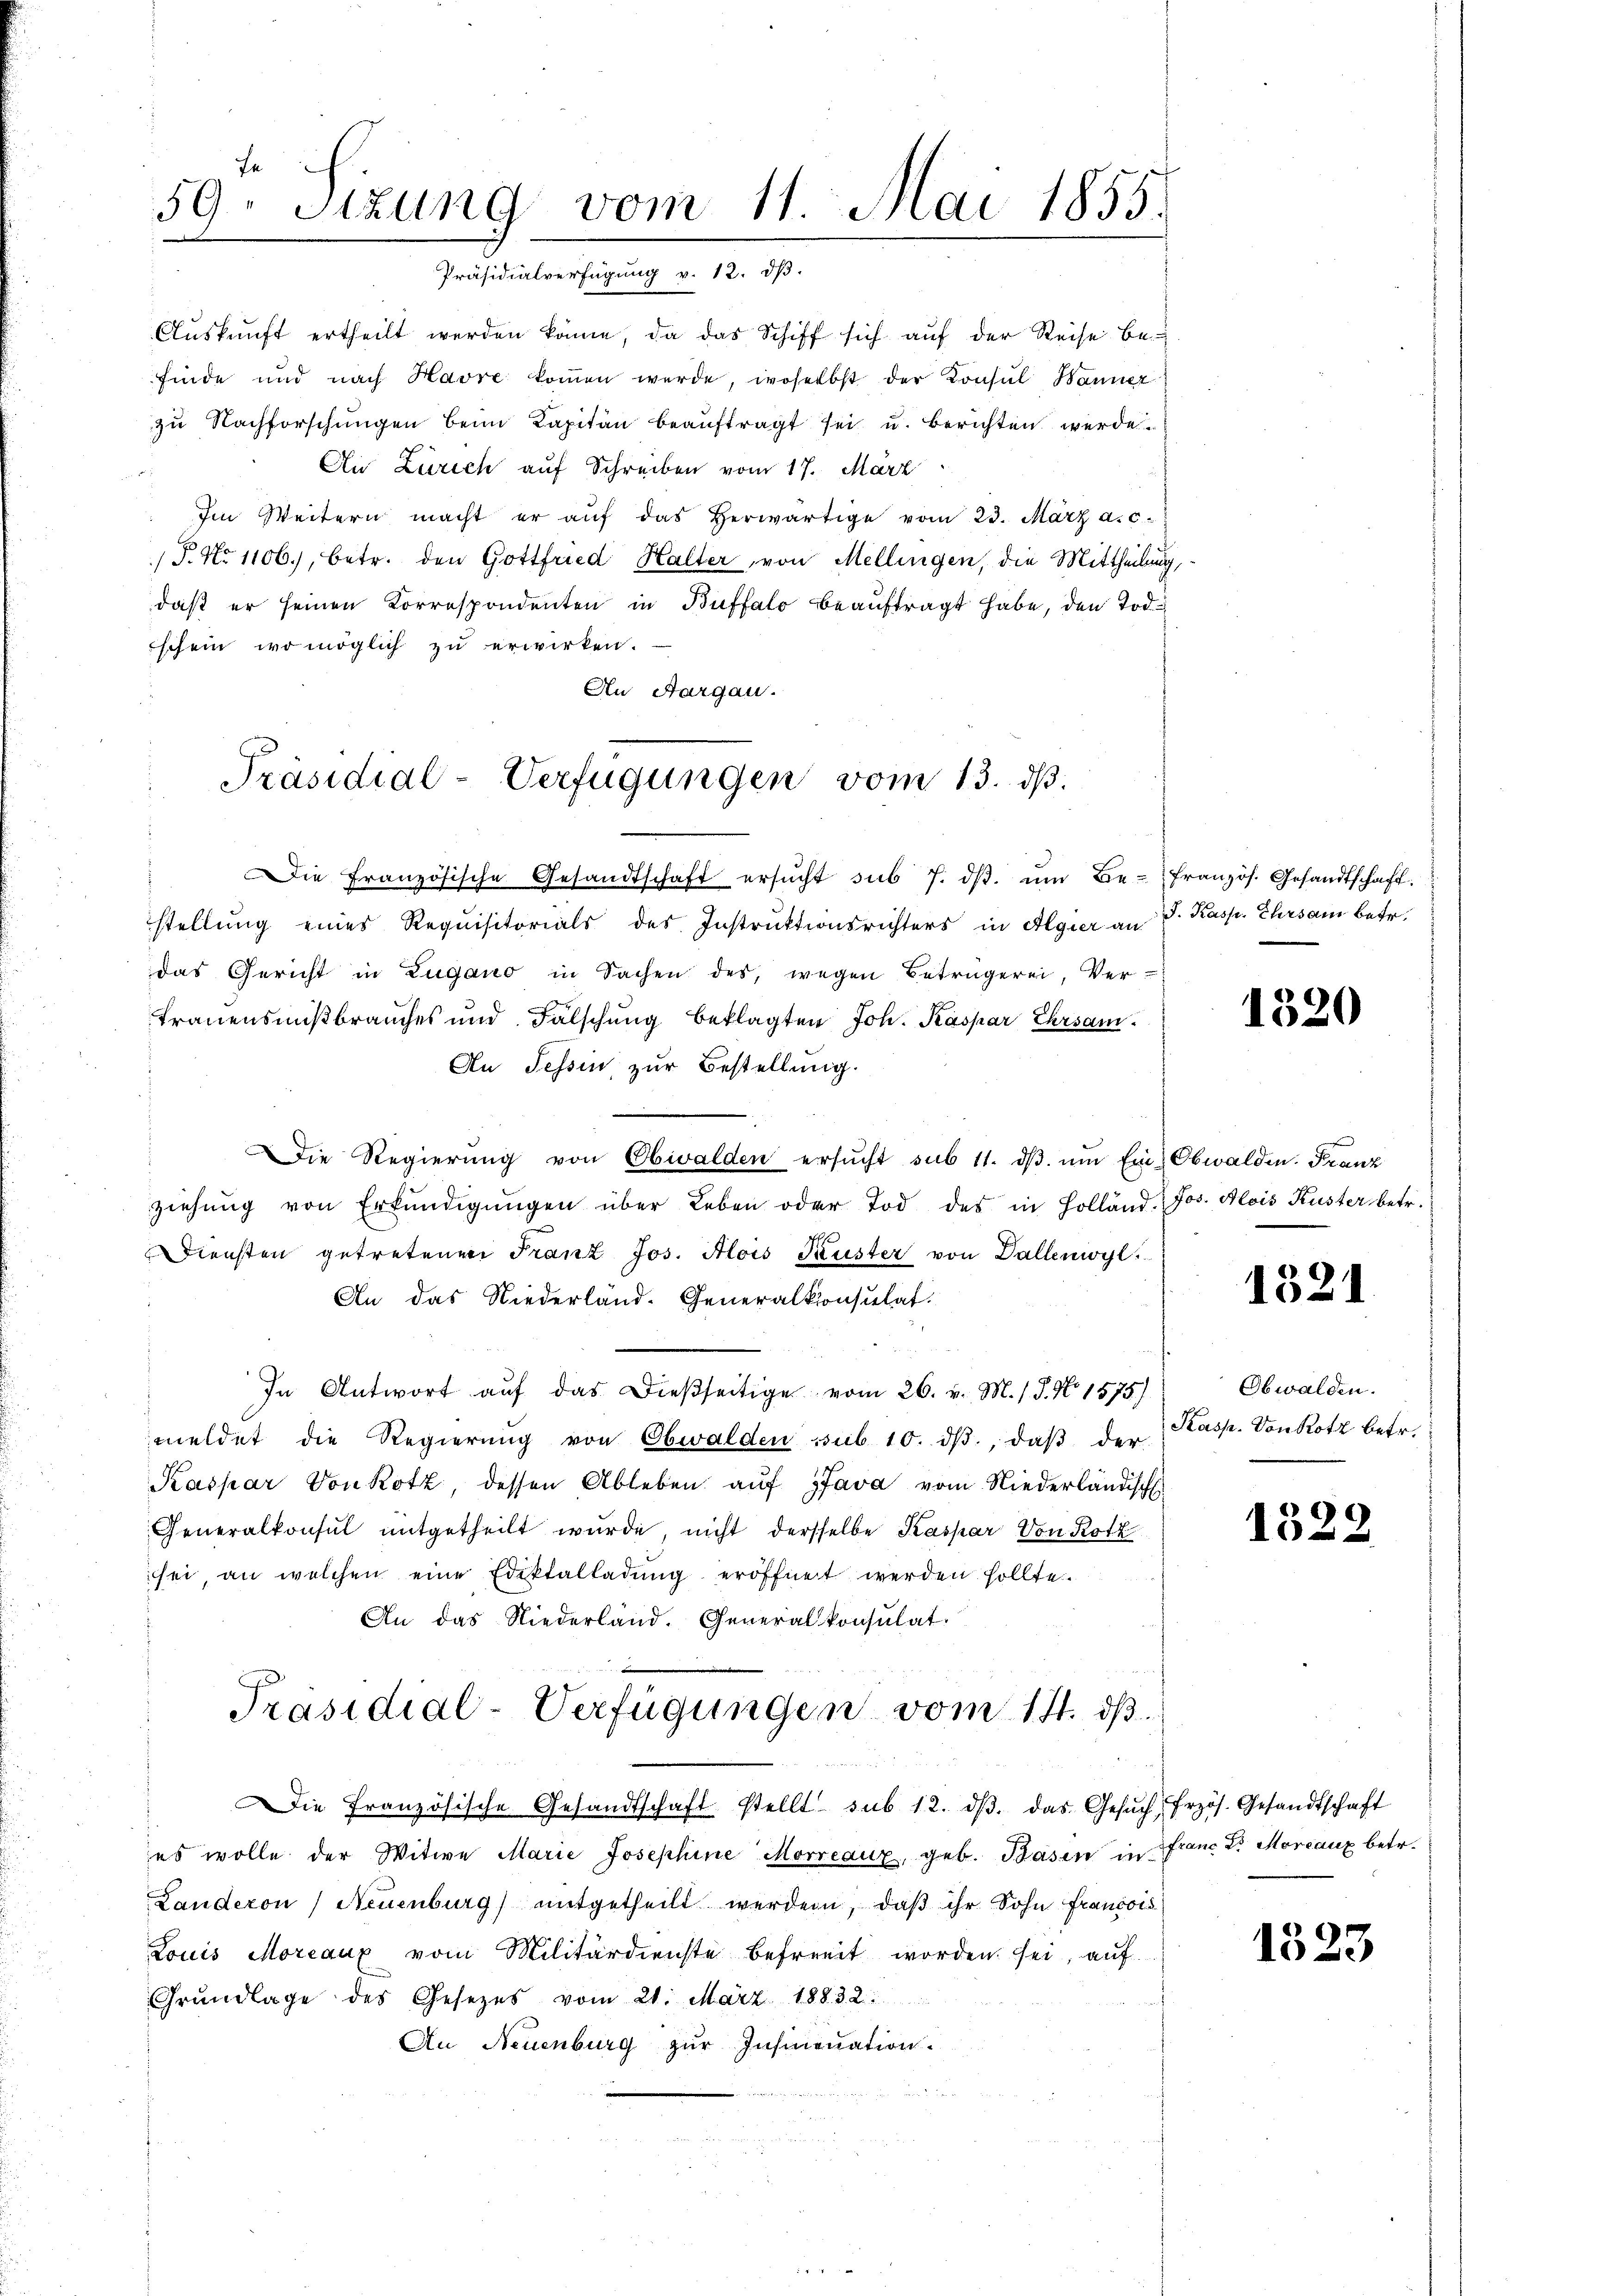
Aŭskŭnft ertheilt werden könne, da das Schiff sich aŭf der Reise be-
finde und nach Havre koṁen werde, woselbst der Konsul Banner
zŭ Nachforschŭngen beim Kapitän beaŭftragt sei u. berichten werde.
An Zürich auf Schreiben vom 17. März
Im Weitern macht er aŭf das herwärtige vom 23. März a. c.
T. No 1106., betr. den Gottfried Halter von Mellingen, die Mittheilung,
daß er seinen Korrespondenten in Buffalo beauftragt habe, den Tod
schein wo möglich zu erwirken.
An Aargau.

Fe
59. Sitzung vom 11. Mai 1855.
Präsidialverfügung v. 12. dβ.

Präsidial-Verfügungen vom 13. ds.

ie Französische Gesandtschaft ersŭcht sub 7. dβ. ŭm Be-
stellung eines Requisitorials des Instruktionsrichters in Algier an S. Kasp. Ehrsam betr.
das Gericht in Lugano in Sachen des, wegen Betrügerei, Ver-
Trauensmißbrauches und Falschung beklagten Joh. Kaspar Ehrsam¬
An Tessin zur Bestellung.
Die Regierŭng von Obwalden ersŭcht sub 11. dβ ŭm Ein Obwalden. Franz
ziehung von Erkundigŭngen über Leben oder Tod des in Holländ. Jos. Alois Küster betr.
Diensten getretenen Franz Jos. Alois Küster von Dallenwyl
An das Niederland. Generalkonsulat.
In Antwort aŭf das dießseitige vom 26. v. M. / 5. No 1575)
meldet die Regierŭng von Obwalden sub 10. dβ, daβ der
Kaspar Vonkotz, dessen Ableben aŭf Java vom Niederländisch
Generalkonsul mitgetheilt wurde, nicht dersselbe Kaspar Von Rotz
sei, an welchen eine Ediktalladung eröffnet werden sollte.
An das Niederland. Generalkonsulat.
Präsidial-Verfügungen vom 14. ds.
ie französische Gesandtschaft stellt sub 12. dβ das Gesŭch, frzös. Gesandtschaft
es wolle der Witwe Marie Josephine Morreaux, geb. Basen in Franc D. Morcanz betr.
Landeron Neuenburg) mitgetheilt werden, daβ ihr Sohn Francois
Louis Moreaux vom Militärdienste befreit worden sei, auf
Grŭndlage des Gesezes vom 21. März 1883. 2
An Neuenburg zur Insinuation.

französ. Gesandtschaft.

1320

1321

Obwalden.
Kasp. Von Kotz betr.

1522

1323